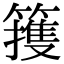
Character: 䉟